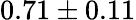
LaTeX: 0.71\pm 0.11